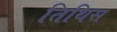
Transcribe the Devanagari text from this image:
तिथिस